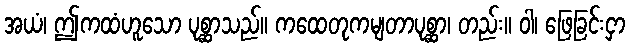
အယံ၊ ဤကထံဟူသော ပုစ္ဆာသည်။ ကထေတုကမျတာပုစ္ဆာ၊ တည်း။ ဝါ၊ ဖြေခြင်းငှာ